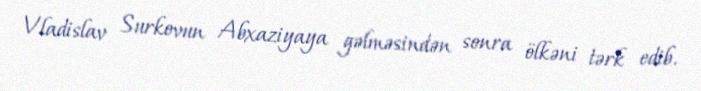
Vladislav Surkovun Abxaziyaya gəlməsindən sonra ölkəni tərk edib.